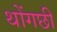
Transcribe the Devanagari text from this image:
थोंगछी